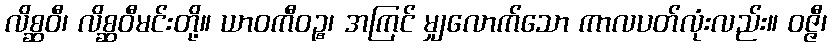
လိစ္ဆဝီ၊ လိစ္ဆဝီမင်းတို့။ ယာဝကီဝဉ္စ၊ အကြင် မျှလောက်သော ကာလပတ်လုံးလည်း။ ဝဇ္ဇီ၊